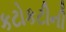
કટોકટીની